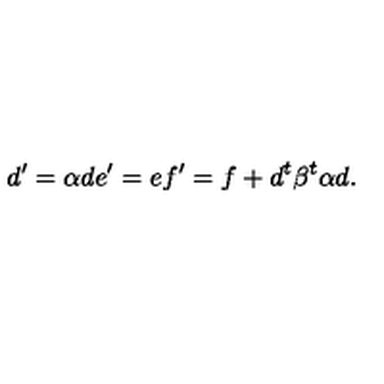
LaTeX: d ^ { \prime } = \alpha d e ^ { \prime } = e f ^ { \prime } = f + d ^ { t } \beta ^ { t } \alpha d .